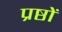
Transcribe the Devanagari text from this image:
प्रष्ठों